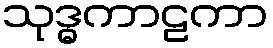
သုဒ္ဓကာဠကာ